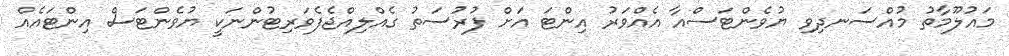
މައުލޫމާތު މުއްސަނދިވި ޔުވެންޓަސްއާ އެއްވަރު އިންޓަ އަށް ފުރުސަތު ގެއްލިއްޖެފެވަރިޓުންނަކީ ޔުވެންޓަސް އިންޓައެއް